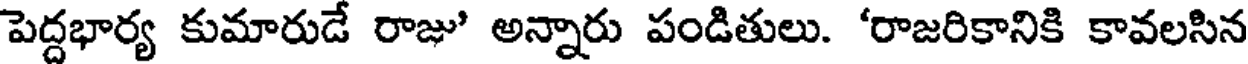
పెద్దభార్య కుమారుడే రాజు' అన్నారు పండితులు. 'రాజరికానికి కావలసిన